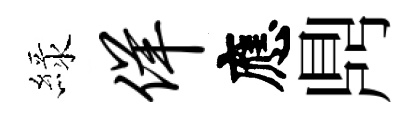
緑佯應𪔂